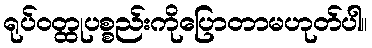
ရုပ်ဝတ္ထုပစ္စည်းကိုပြောတာမဟုတ်ပါ။